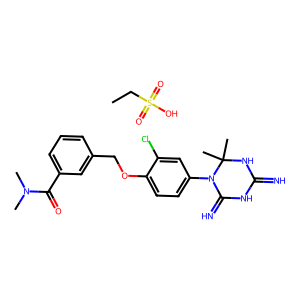
SMILES: CCS(=O)(=O)O.CN(C)C(=O)c1cccc(COc2ccc(N3C(=N)NC(=N)NC3(C)C)cc2Cl)c1
Inhibits HIV replication: No